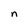
Character: n